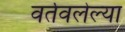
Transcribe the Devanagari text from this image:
वर्तवलेल्या